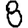
Digit: 8